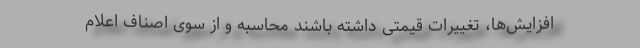
افزایش‌ها، تغییرات قیمتی داشته باشند محاسبه و از سوی اصناف اعلام